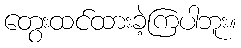
တွေးထင်ထားခဲ့ကြပါဘူး။